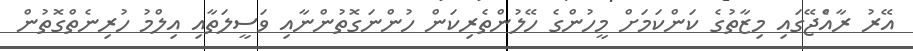
އޭރު ރާއެްޖޭގައި މިޒާތުގެ ކަންކަމަށް މީހުންގެ ހޭލުންތެރިކަން ހުންނަގޮތުންނާއި ވަސީލަތާއި އިލްމު ހުރިނެތްގޮތުން